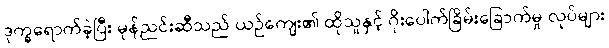
ဒုက္ခရောက်ခဲ့ပြီး မုန်ညင်းဆီသည် ယဉ်ကျေး၏ ထိုသူနှင့် ဂိုးပေါက်ခြိမ်းခြောက်မှု လုပ်များ